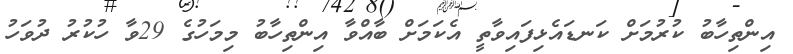
އިންތިހާބު ކުރުމަށް ކަނޑައެޅިފައިވާތީ އެކަމަށް ބާއްވާ އިންތިހާބު މިމަހުގެ 29ވާ ހުކުރު ދުވަހު